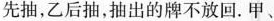
先抽，乙后抽，抽出的牌不放回。甲、